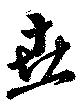
垚